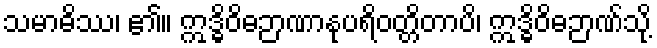
သမာဓိဿ၊ ၏။ ဣဒ္ဓိဝိဓဉာဏာနုပရိဝတ္တိတာပိ၊ ဣဒ္ဓိဝိဓဉာဏ်သို့